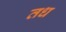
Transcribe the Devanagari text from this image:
तध